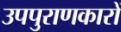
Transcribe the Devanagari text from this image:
उपपुराणकारों